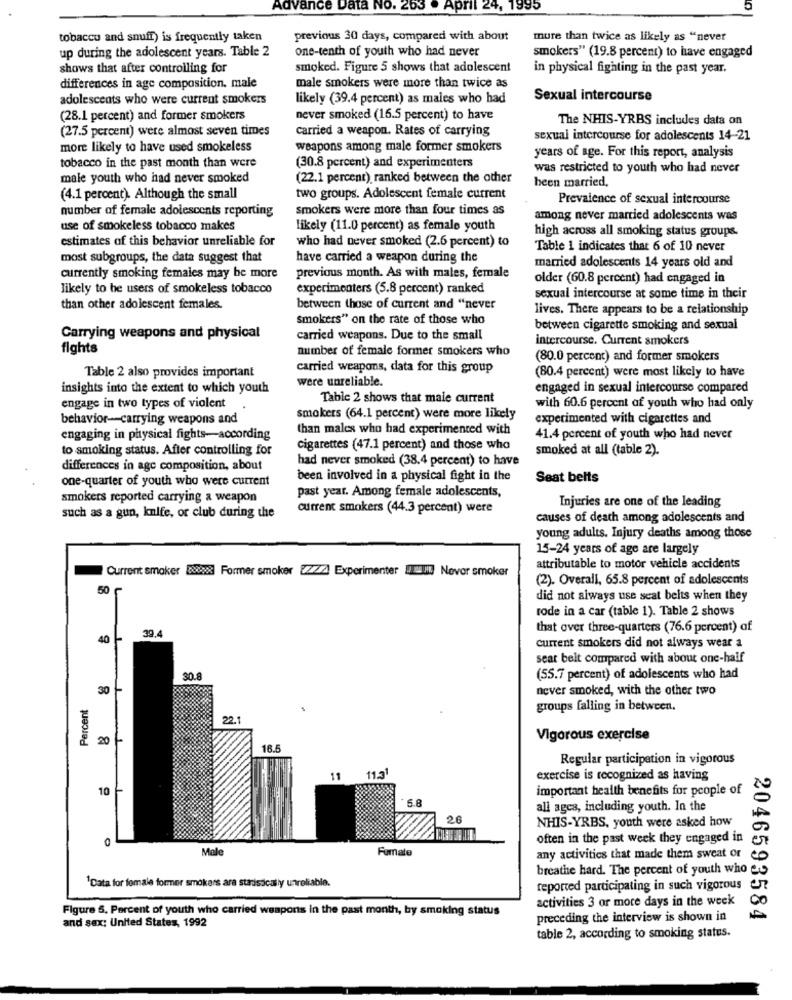
Advance Data No. 263 . April 24, 1995
tobacco and snuff) is frequently taken
previous 30 days, compared with about
mure than twice as likely as "never
up during the adolescent years. Table 2
one-tenth of youth who had never
smokers" (19.8 percent) to have engaged
shows that after controlling for
smoked. Figure 5 shows that adolescent
in physical fighting in the past year.
differences in age composition. male
male smokers were more than twice as
adolescents who were current smokers
likely (39.4 percent) as males who had
Sexual intercourse
(28.1 percent) and former smokers
never smoked (16.5 percent) to have
The NHIS-YRBS includes data on
(27.5 percent) were almost seven times
carried a weapon. Rates of carrying
sexual intercourse for adolescents 14-21
more likely to have used smokeless
weapons among male former smokers
years of age. For this report, analysis
tobacco in the past month than were
(30.8 percent) and experimenters
was restricted to youth who had never
male youth who had never smoked
(22.1 percent) ranked between the other
been married,
(4.1 percent). Although the small
two groups. Adolescent female current
Prevalence of sexual intercourse
number of female adolescents reporting
smokers were more than four times as
among never married adolescents was
use of smokeless tobacco makes
likely (11.0 percent) as female youth
high across all smoking status groups.
estimates of this behavior unreliable for
who had never smoked (2.6 percent) to
Table 1 indicates that 6 of 10 never
most subgroups, the data suggest that
have carried a weapon during the
married adolescents 14 years old and
currently smoking females may be more
previous month. As with males, female
older (60.8 percent) had engaged in
likely to be users of smokeless tobacco
experimenters (5.8 percent) ranked
sexual intercourse at some time in their
than other adolescent females.
between those of current and "never
lives. There appears to be a relationship
smokers" on the rate of those who
between cigarette smoking and sexual
Carrying weapons and physical
carried weapons. Due to the small
intercourse. Current smokers
fights
number of female former smokers who
(80.0 percent) and former smokers
Table 2 also provides important
carried weapons, data for this group
(80.4 percent) were most likely to have
were unreliable.
insights into the extent to which youth
engaged in sexual intercourse compared
Table 2 shows that male current
engage in two types of violent
with 60.6 percent of youth who had only
behavior-carrying weapons and
smokers (64.1 percent) were more likely
experimented with cigarettes and
than males who had experimented with
engaging in physical fights-according
41.4 percent of youth who had never
to smoking status. After controlling for
cigarettes (47.1 percent) and those who
smoked at all (table 2).
had never smoked (38.4 percent) to have
differences in age composition, about
one-quarter of youth who were current
been involved in a physical fight in the
Seat belts
smokers reported carrying a weapon
past year. Among female adolescents,
Injuries are one of the leading
current smokers (44.3 percent) were
such as a gun, knife, or club during the
causes of death among adolescents and
young adults. Injury deaths among those
15-24 years of age are largely
Current smoker 88xx Former smoker 22/2 Experimenter I Never smoker
attributable to motor vehicle accidents
(2). Overall, 65.8 percent of adolescents
50
did not always use seat belts when they
rode in a car (table 1). Table 2 shows
39.4
that over three-quarters (76.6 percent) af
current smokers did not always wear a
seat belt compared with about one-half
30.8
(55.7 percent) of adolescents who had
30
never smoked, with the other two
Percent
groups falling in between.
22.
20
Vigorous exercise
16.5
Regular participation in vigorous
1121
11
exercise is recognized as having
10 -
important health benefits for people of
6.8
all ages, including youth. In the
26
NHIS-YRBS, youth were asked how
0
often in the past week they engaged in
Male
Fumate
any activities that made them sweat orco
breathe hard. The percent of youth who eu
1Data for female former smokers ara starisically unreliable.
reported participating in such vigorous
activities 3 or more days in the week
Figure 5. Percent of youth who carried weapons in the past month, by smoking status
preceding the interview is shown in
2046593584
and sex: United States, 1992
table 2, according to smoking status.